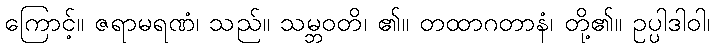
ကြောင့်။ ဇရာမရဏံ၊ သည်။ သမ္ဘဝတိ၊ ၏။ တထာဂတာနံ၊ တို့၏။ ဥပ္ပါဒါဝါ၊